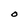
Character: O